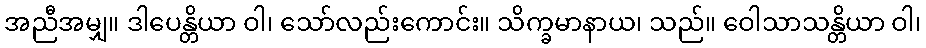
အညီအမျှ။ ဒါပေန္တိယာ ဝါ၊ သော်လည်းကောင်း။ သိက္ခမာနာယ၊ သည်။ ဝေါသာသန္တိယာ ဝါ၊